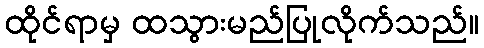
ထိုင်ရာမှ ထသွားမည်ပြုလိုက်သည်။